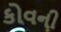
કોવની